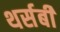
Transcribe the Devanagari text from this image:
थर्सबी